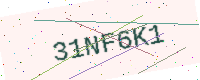
Text: 31NF6K1